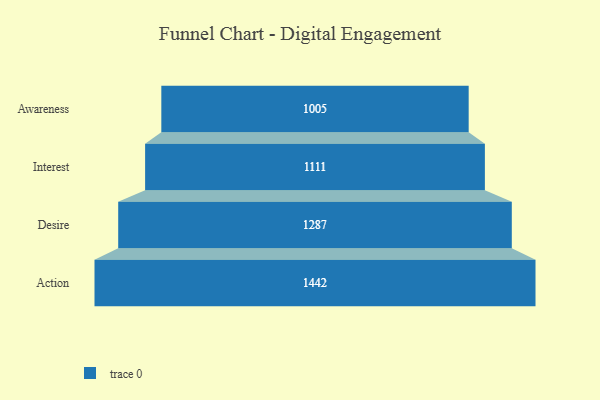
{"axis": {"x": "Stage", "y": "Value"}, "legend": [""], "data": [{"x": "Awareness", "y": 1005.0, "type": ""}, {"x": "Interest", "y": 1111.0, "type": ""}, {"x": "Desire", "y": 1287.0, "type": ""}, {"x": "Action", "y": 1442.0, "type": ""}]}